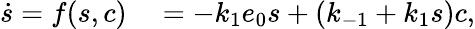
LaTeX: \begin{array}{rl}{\dot{s}=f(s,c)}&{{}=-k_{1}e_{0}s+(k_{-1}+k_{1}s)c,}\end{array}